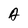
Character: A